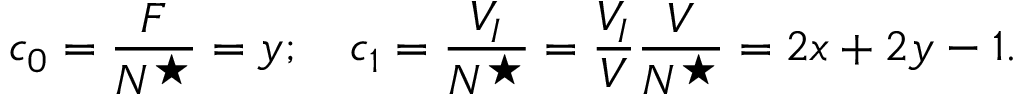
c _ { 0 } = \frac { F } { N ^ { \star } } = y ; \quad c _ { 1 } = \frac { V _ { I } } { N ^ { \star } } = \frac { V _ { I } } { V } \frac { V } { N ^ { \star } } = 2 x + 2 y - 1 .